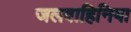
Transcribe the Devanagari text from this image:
जलवाहिनिया